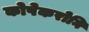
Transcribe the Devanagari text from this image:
कोपेकरोनि